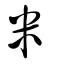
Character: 米